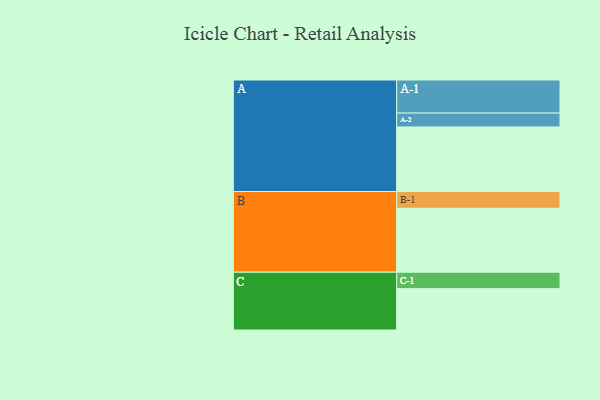
{"axis": {"x": "Segment", "y": "Value"}, "legend": ["", "A", "B", "C"], "data": [{"x": "A", "y": 506, "type": ""}, {"x": "B", "y": 501, "type": ""}, {"x": "C", "y": 324, "type": ""}, {"x": "A-1", "y": 259, "type": "A"}, {"x": "A-2", "y": 109, "type": "A"}, {"x": "B-1", "y": 131, "type": "B"}, {"x": "C-1", "y": 129, "type": "C"}]}